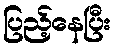
ပြည့်နေပြီး